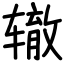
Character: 辙